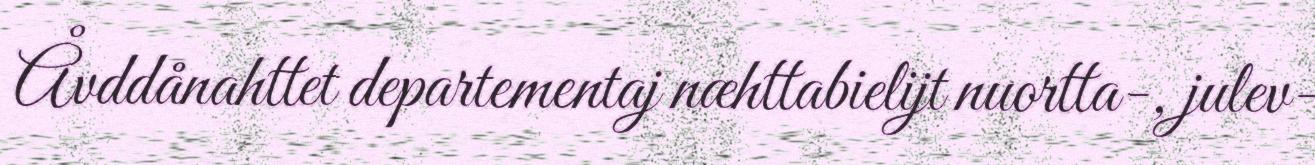
Åvddånahttet departementaj næhttabielijt nuortta-, julev-